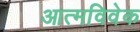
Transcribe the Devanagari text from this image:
आत्मविवेक